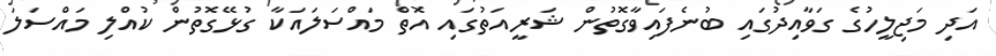
އަދި މަޖިލީހުގެ ގަވާއިދުގައި ބުނެފައިވާގޮތުން ޝަރީއަތުގައި އޮތް މައްސަލައަކާ ގުޅޭގޮތުން ކުއްލި މައްސަލަ